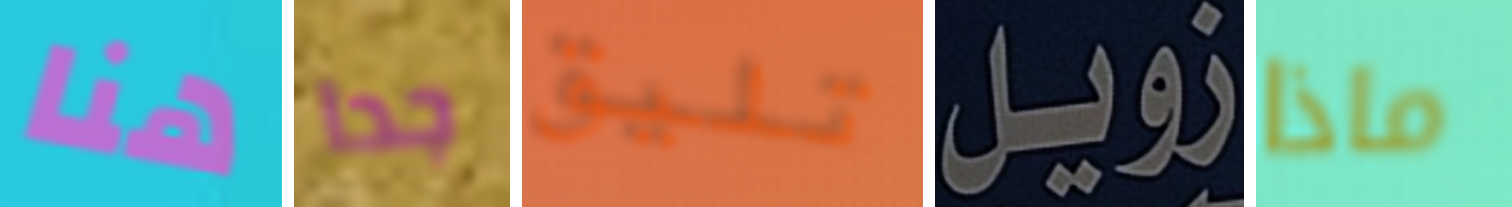
هنا جدا تليق زويل ماذا